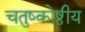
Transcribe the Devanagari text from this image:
चतुष्कोष्ठीय